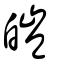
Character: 皚